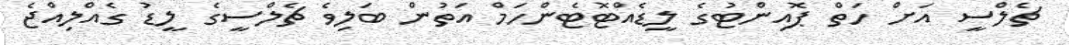
ޗެލްސީ އަށް ހަތް ޕޮއިންޓުގެ ލީޑެއްޓޮޓެންހަމް އަތުން ބަލިވެ ޗެލްސީގެ ލީޑު ގެއްލިއްޖެ